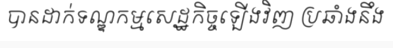
បានដាក់ទណ្ឌកម្មសេដ្ឋកិច្ចឡើងវិញ ប្រឆាំងនឹង